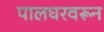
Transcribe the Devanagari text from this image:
पालघरवरून